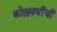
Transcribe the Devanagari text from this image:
कोट्यवधींची